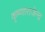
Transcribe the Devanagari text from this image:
कृष्णाराजेन्द्र